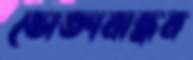
ভোক্তাবান্ধব